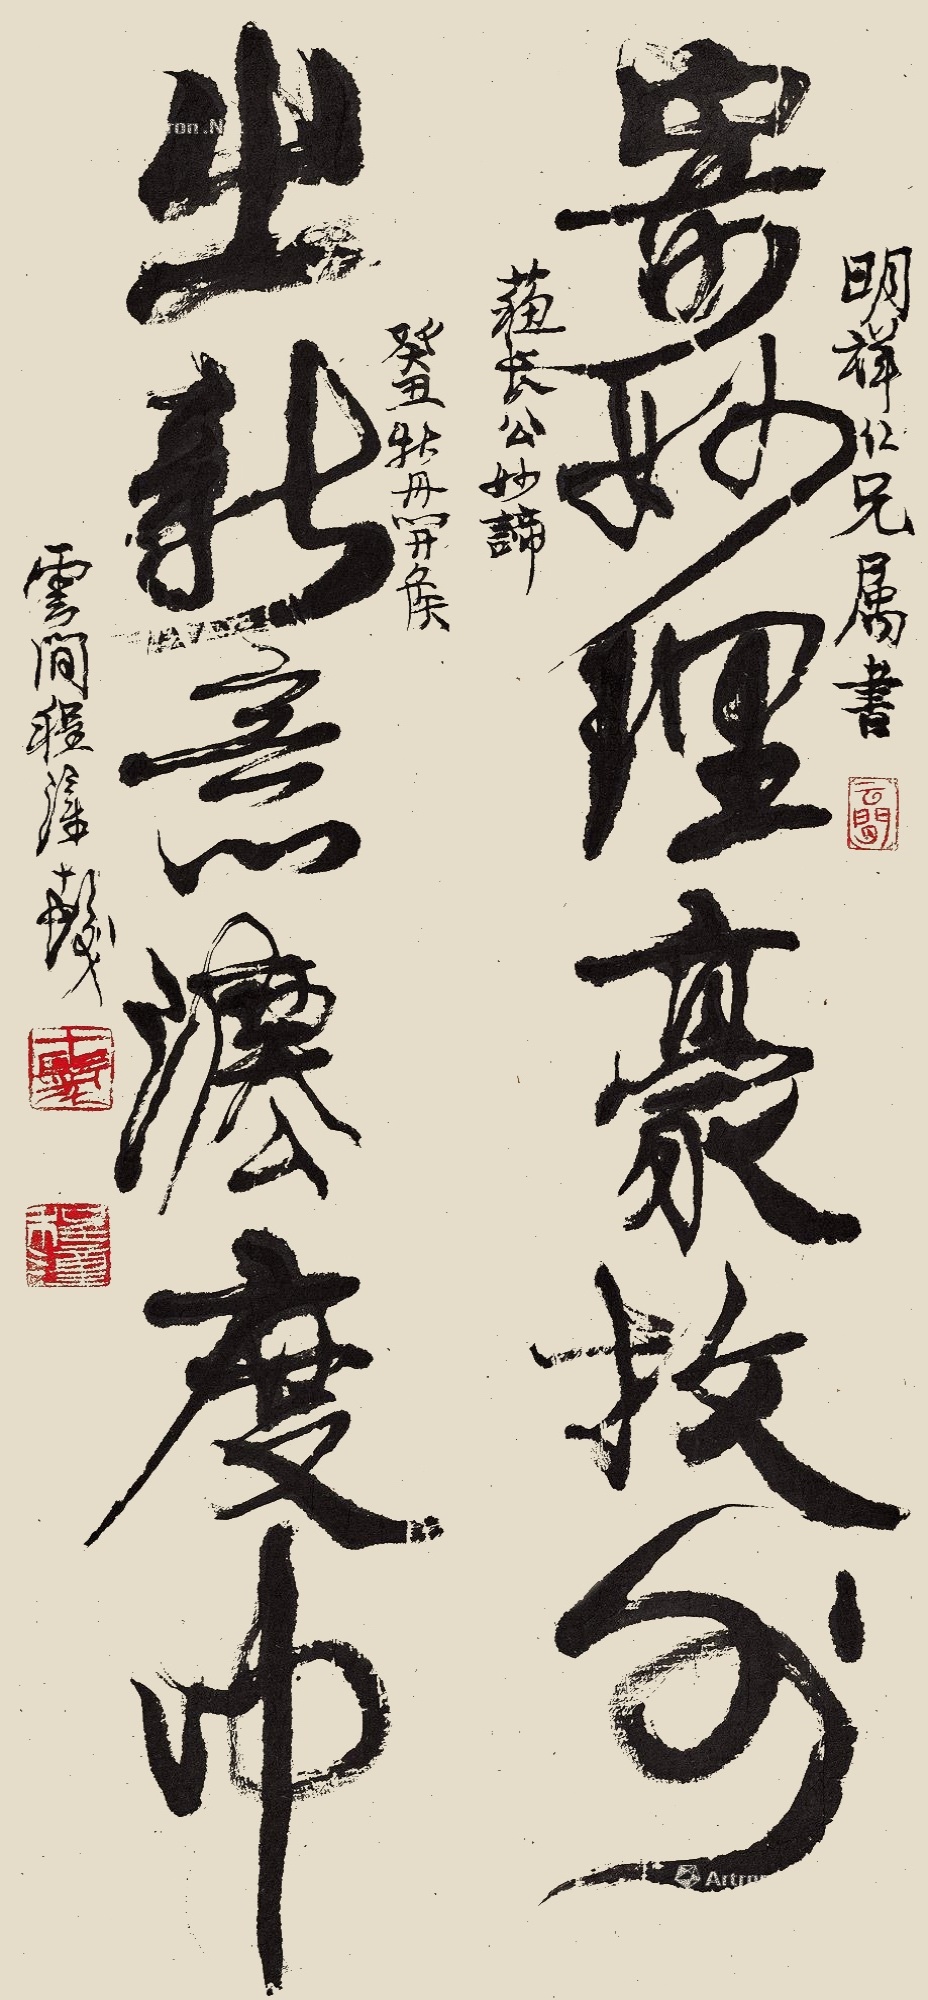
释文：寄妙理豪放外，出新意法度中。明祥仁兄属书，苏长公妙谛。癸丑牡丹开矦，云间程潼十发。